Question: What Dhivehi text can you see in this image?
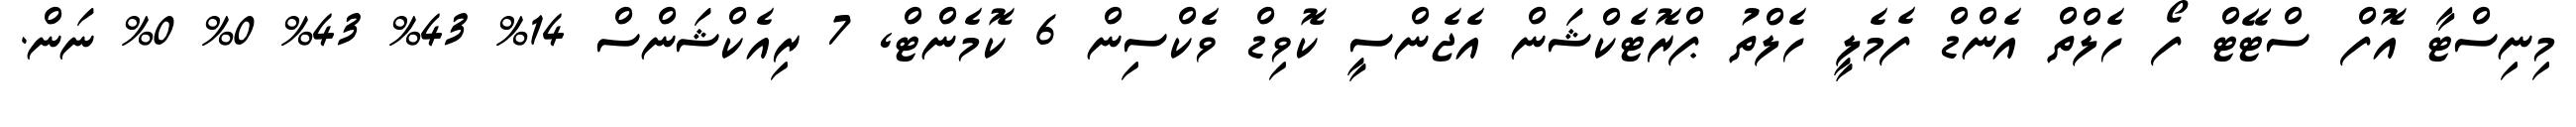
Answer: މިނިސްޓާ އޮފް ސްޓޭޓް ފޯ ހެލްތް އެންޑް ފެމެލީ ހެލްތު ޕްރޮޓެކްޝަން އެޖެންސީ ކޮވިޑް ވެކްސިން 6 ކޮމެންޓް, 7 ރިއެކްޝަންސް 14% 43% 43% 0% 0% ނަން.